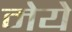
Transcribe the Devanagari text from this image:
मेये